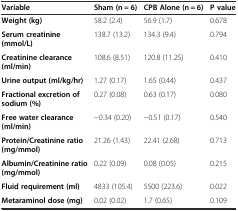
<table><thead><tr><td><b>Variable</b></td><td><b>Sham (n = 6)</b></td><td><b>CPB Alone (n = 6)</b></td><td><b>P value</b></td></tr></thead><tbody><tr><td><b>Weight (kg)</b></td><td>58.2 (2.4)</td><td>56.9 (1.7)</td><td>0.678</td></tr><tr><td><b>Serum creatinine (mmol/L)</b></td><td>138.7 (13.2)</td><td>134.3 (9.4)</td><td>0.794</td></tr><tr><td><b>Creatinine clearance (ml/min)</b></td><td>108.6 (8.51)</td><td>120.8 (11.25)</td><td>0.410</td></tr><tr><td><b>Urine output (ml/kg/hr)</b></td><td>1.27 (0.17)</td><td>1.65 (0.44)</td><td>0.437</td></tr><tr><td><b>Fractional excretion of sodium (%)</b></td><td>0.27 (0.08)</td><td>0.63 (0.17)</td><td>0.080</td></tr><tr><td><b>Free water clearance (ml/min)</b></td><td>−0.34 (0.20)</td><td>−0.51 (0.17)</td><td>0.540</td></tr><tr><td><b>Protein/Creatinine ratio (mg/mmol)</b></td><td>21.26 (1.43)</td><td>22.41 (2.68)</td><td>0.713</td></tr><tr><td><b>Albumin/Creatinine ratio (mg/mmol)</b></td><td>0.22 (0.09)</td><td>0.08 (0.05)</td><td>0.215</td></tr><tr><td><b>Fluid requirement (ml)</b></td><td>4833 (105.4)</td><td>5500 (223.6)</td><td>0.022</td></tr><tr><td><b>Metaraminol dose (mg)</b></td><td>0.02 (0.02)</td><td>1.7 (0.65)</td><td>0.109</td></tr></tbody></table>